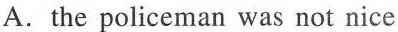
A.the policeman was not nice